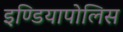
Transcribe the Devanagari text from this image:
इण्डियापोलिस